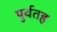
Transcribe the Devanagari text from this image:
पुर्वतह